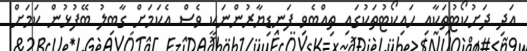
އަދި ދަށުކޯޓުތަކާއި ހައިކޯޓުތަކުގައި ތިއްބެވި ފަނޑިޔާރުންނަކީ ވެސް އެކަމަށް ގާބިލު ބޭފުޅުން ކަމަށް